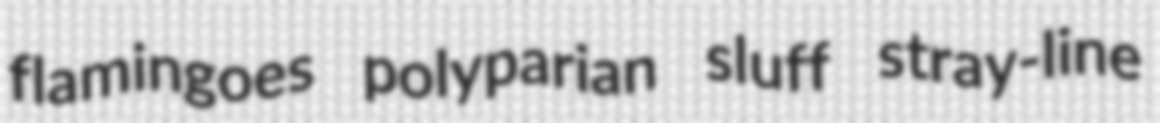
flamingoes polyparian sluff stray-line